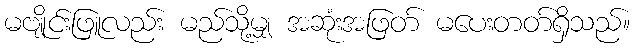
မဗျိုင်းဖြူလည်း မည်သို့မျှ အဆုံးအဖြတ် မပေးတတ်ရှိသည်။